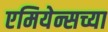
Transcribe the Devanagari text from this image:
एमियेन्सच्या